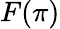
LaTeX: F(\pi)